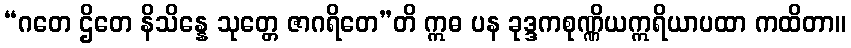
“ဂတေ ဌိတေ နိသိန္နေ သုတ္တေ ဇာဂရိတေ”တိ ဣဓ ပန ခုဒ္ဒကစုဏ္ဏိယဣရိယာပထာ ကထိတာ။